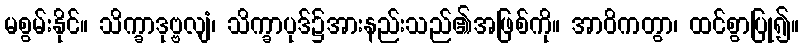
မစွမ်းနိုင်။ သိက္ခာဒုဗ္ဗလျံ၊ သိက္ခာပုဒ်၌အားနည်းသည်၏အဖြစ်ကို။ အာဝိကတွာ၊ ထင်စွာပြု၍။